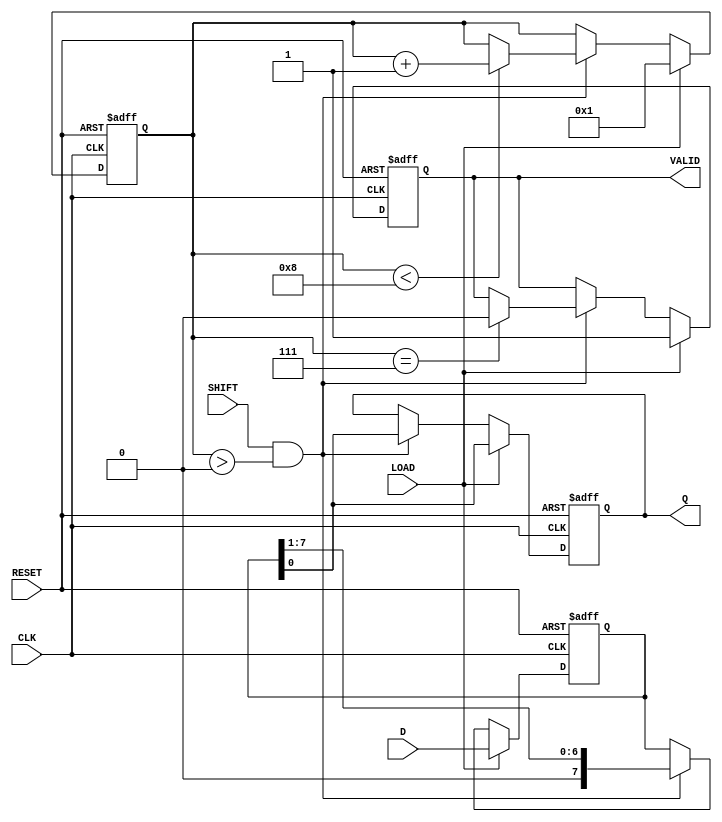
module PISO #(
    parameter n = 8 // Parameter for the width of the register
)(
    input  wire [n-1:0] D,      // Parallel Data Input
    input  wire LOAD,            // Load Signal
    input  wire SHIFT,           // Shift Signal
    input  wire CLK,             // Clock Signal
    input  wire RESET,           // Reset Signal
    output reg  Q,               // Serial Output
    output reg  VALID            // Shifted Data Valid Signal
);

    reg [n-1:0] SR;              // Internal Shift Register
    reg [3:0] count;             // Counter for valid data

    always @(posedge CLK or posedge RESET) begin
        if (RESET) begin
            SR <= {n{1'b0}};      // Clear the register on reset
            Q <= 1'b0;           // Clear serial output
            VALID <= 1'b0;       // Clear valid signal
            count <= 0;          // Reset count
        end else begin
            if (LOAD) begin
                SR <= D;          // Load parallel data into the shift register
                Q <= SR[0];       // Output the LSB
                VALID <= 1'b1;    // Indicate valid data is available
                count <= 1;       // Start counting valid data
            end else if (SHIFT && count > 0) begin
                Q <= SR[0];       // Output the LSB
                SR <= {1'b0, SR[n-1:1]}; // Shift right and fill MSB with 0
                if (count < n) begin
                    count <= count + 1; // Increment count until all bits are shifted
                end
                if (count == n - 1) begin
                    VALID <= 1'b0; // Clear valid signal after all bits are shifted
                end
            end
        end
    end

endmodule